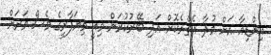
އިންޑިއާ އަށް މުދާ އެތެރެކޮށް އަދި ބޭރުކުރަން މިއީ ވިޔަފާރީގެ ވެސް ވަރަށް